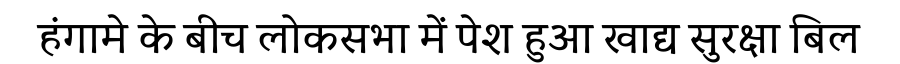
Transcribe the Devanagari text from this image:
हंगामे के बीच लोकसभा में पेश हुआ खाद्य सुरक्षा बिल